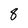
Character: 8